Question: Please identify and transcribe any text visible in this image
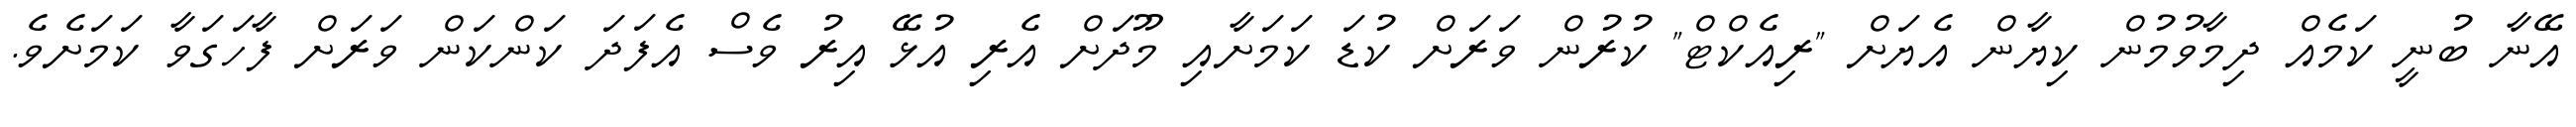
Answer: އޭނާ ބުނީ ކަމެއް ދިމާވުމުން ކިޔާން އެޔަށް "ރިއެކްޓް" ކުރުން ވަރަށް ކުޑަ ކަމަށާއި މޫދަށް އެރި އުޅޭ އިރު ވެސް އެފަދަ ކަންކަން ވަރަށް ފާހަގަވާ ކަމަށެވެ.